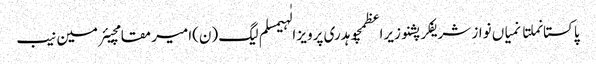
پاکستانملتانمیاں نواز شریفکرپشنوزیراعظمچوہدری پرویز الٰہیمسلم لیگ (ن)امیر مقامچیئرمین نیب